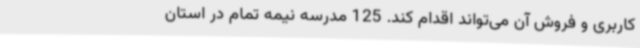
کاربری و فروش آن می‌تواند اقدام کند. 125 مدرسه نیمه تمام در استان